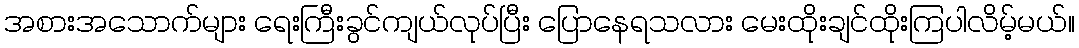
အစားအသောက်များ ရေးကြီးခွင်ကျယ်လုပ်ပြီး ပြောနေရသလား မေးထိုးချင်ထိုးကြပါလိမ့်မယ်။